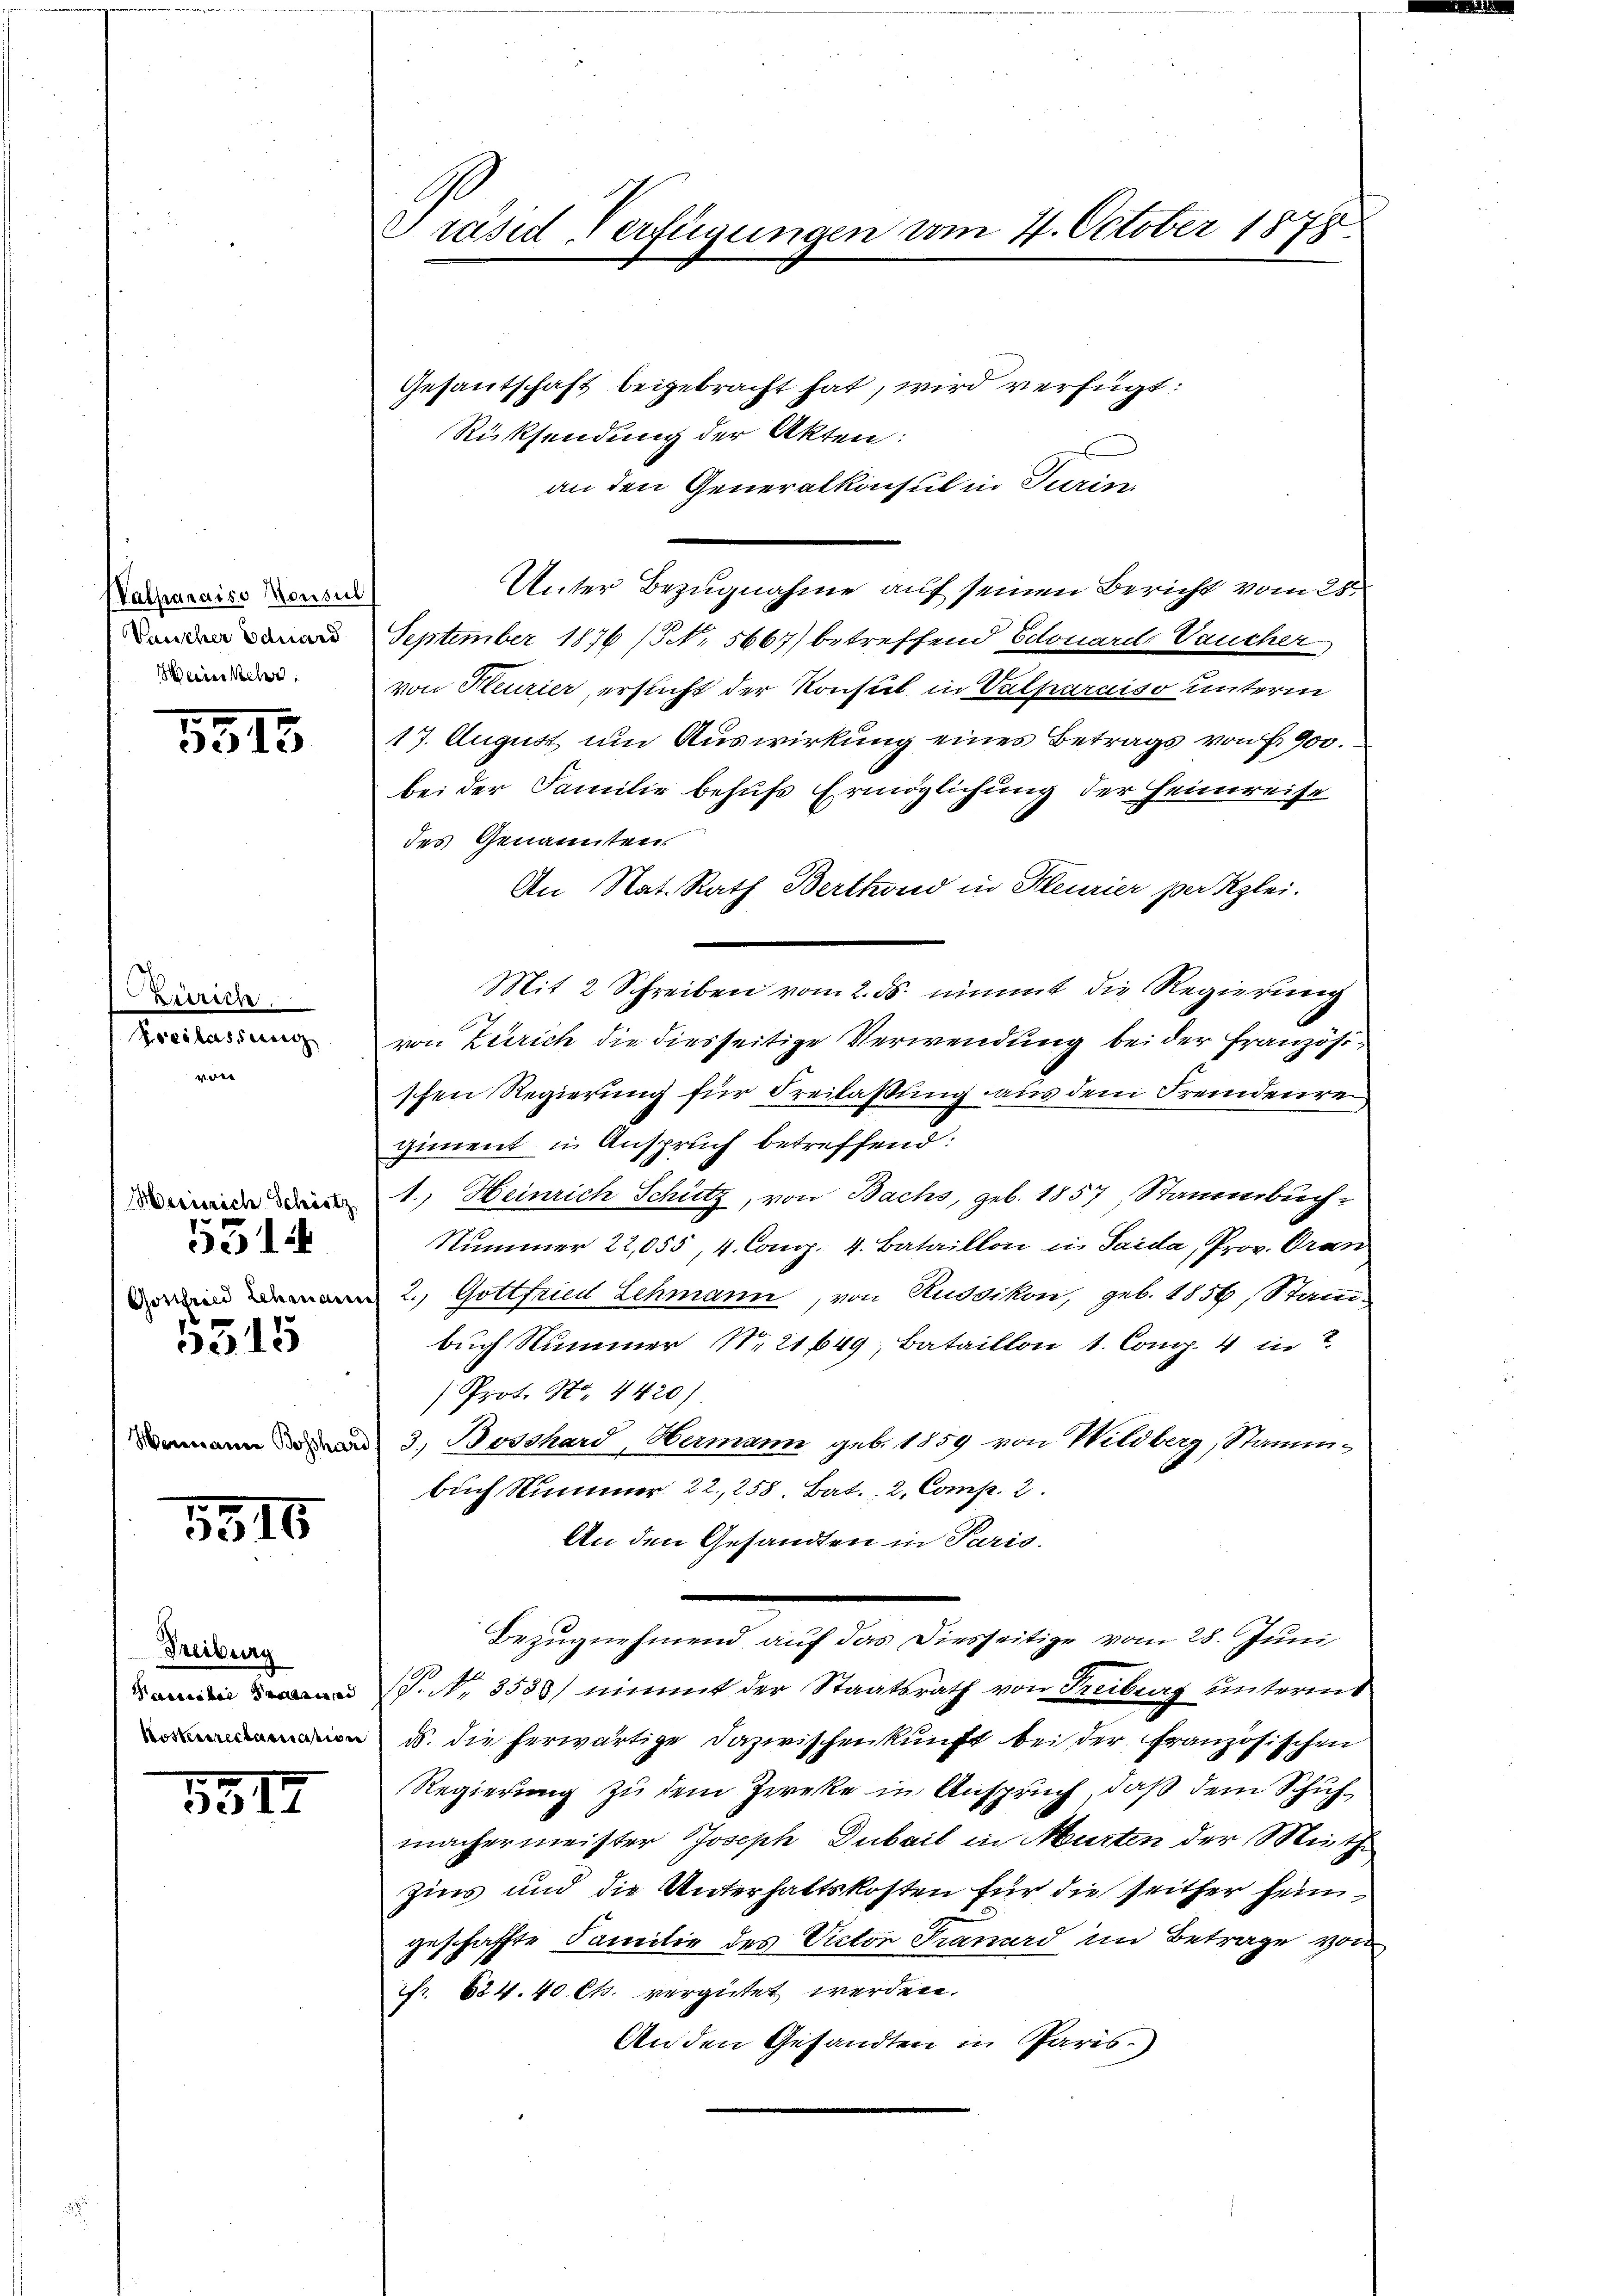
Valparaiso Monsul
Vancher Eduard
Meiner Mehre

1515

Zürich
Pocilasserer
 |

Herissich Schätz
531
5545

5516

Treiburg

5517

Präsid, Verfügungen vom 4. October 1878

Gesantschaft beigebracht hat, wird verfügt:
Rücksendung der Akten:
an den Generalkonsul in Turin
Unter Bezugnahme auf seinen Bericht vom 28.
September 1876 (Nr. 5667) betreffend Edouard aucher
von Heurier, ersucht der Konsul in Valparaiso unterm
17. August um Auswirkung eines Betrags von Fr. 900.
bei der Familie behufs Ermöglichung der Heimreise
des Genannten.
An Nat. Rath Berthond in Heurier per Klei-
Mit 2 Schreiben vom 2. ds. nimmt die Regierung
von Zürich die diesseitige Verwendung bei der Französischen Regierung für Freilaßung aus dem Fremdenrei
giment in Anspruch betreffend:
1., Heinrich Schütz, von Bachs, geb. 1857, Stammbuch¬
Nummer 22,055, 4. Comp. 4. Bataillon in Saida, Prov. Gran
2. Gottfried Lehmann, von Russikon, geb. 1856, Stamm-
buch Nummer Nr. 21649, Bataillon 1. Congp. 4 in T
Prot. No. 4420)
mann und 3. Bosshard, Hermann geb. 1859 von Wildberg, Stamm-
buch Nummer 22, 258. Bat. 2, Comp. 2.
An den Gesandten in Paris.
Bezugnehmend auf das Diesseitige vom 28. Juni
 P. Nr. 3580) nimmt der Staatsrath von Treiburg untermt
n d. die herwärtige Dazwischenkunft bei der Französischen
Regierung zu dem Zwecke in Anspruch, daß dem Schuhmachermeister Joseph Dubail in Murten der Mieth
Zins und die Unterhaltskosten für die seither heimgeschaffte Familie des Victor Frauerd im Betrage von
fr. 824. 40 Cts. vergütet werden.
Anden Gesandten in Paris.